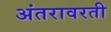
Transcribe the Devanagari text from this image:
अंतरावरती